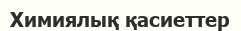
Химиялық қасиеттер